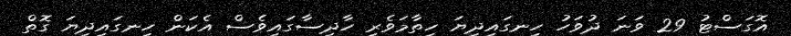
އޮގަސްޓު 29 ވަނަ ދުވަހު ހިނގައިދިޔަ ހިތާމަވެރި ހާދިސާގައިވެސް އެކަން ހިނގައިދިޔަ ގޮތް